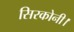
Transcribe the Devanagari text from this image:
सिरकोनी।